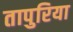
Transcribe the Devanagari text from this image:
तापुरिया